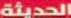
الحديثة